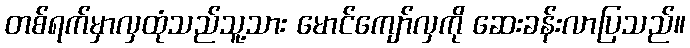
တစ်ရက်မှာလှထုံသည်သူ့သား မောင်ကျော်လှကို ဆေးခန်းလာပြသည်။